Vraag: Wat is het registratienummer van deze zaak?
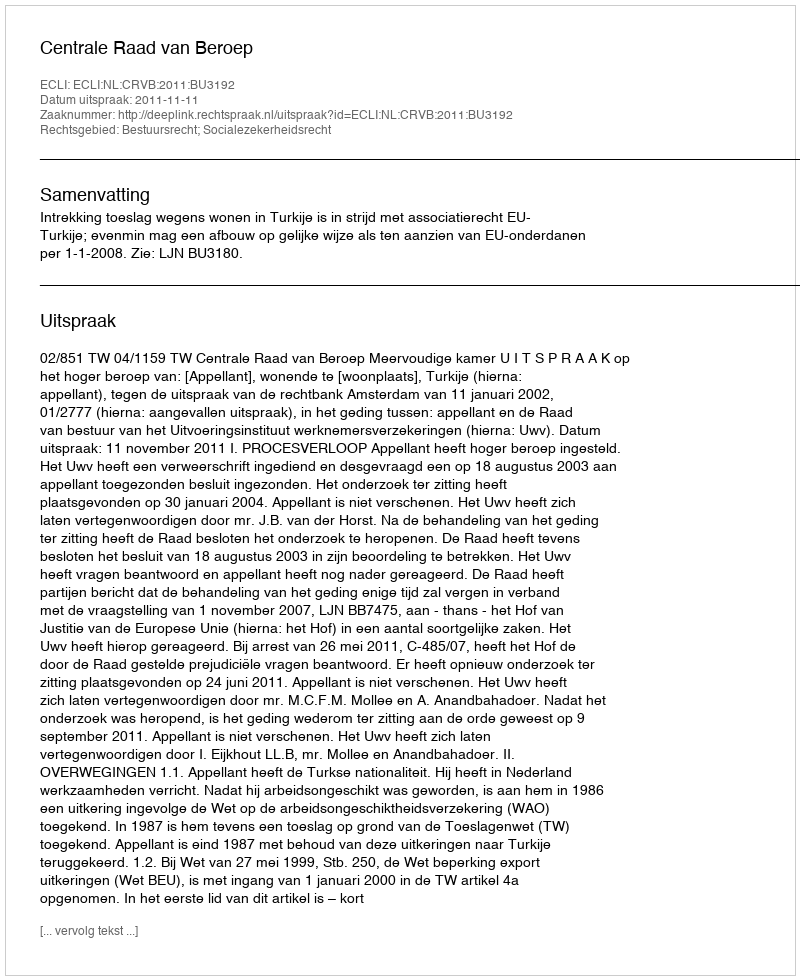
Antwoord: http://deeplink.rechtspraak.nl/uitspraak?id=ECLI:NL:CRVB:2011:BU3192